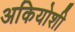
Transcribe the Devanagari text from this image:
अकियोशी